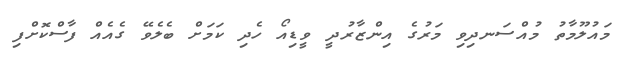
މައުލޫމާތު މުއްސަނދިވި މަރުގެ އިންޒާރުދީ ވީޑިއޯ ހެދި ކަމަށް ބެލެވޭ ގެއެއް ފާސްކޮށްފި